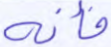
فأنه